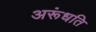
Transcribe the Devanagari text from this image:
अरूंधति